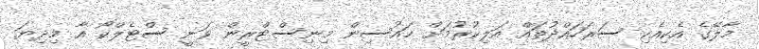
މާލޭގެ އެކިއެކި ސަރަހައްދުތައް އަލިކުރުމަށް ހައުސިން މިނިސްޓްރީން ވަނީ ސްޓެލްކޯ އާ މިދިޔަ